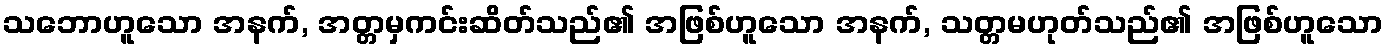
သဘောဟူသော အနက်, အတ္တမှကင်းဆိတ်သည်၏ အဖြစ်ဟူသော အနက်, သတ္တမဟုတ်သည်၏ အဖြစ်ဟူသော